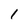
Character: 1